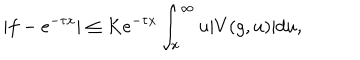
| f - e ^ { - \tau x } | \leq K e ^ { - \tau x } \int _ { x } ^ { \infty } u | V ( g , u ) | d u ,